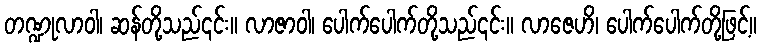
တဏ္ဍုလာဝါ၊ ဆန်တို့သည်၎င်း။ လာဇာဝါ၊ ပေါက်ပေါက်တို့သည်၎င်း။ လာဇေဟိ၊ ပေါက်ပေါက်တို့ဖြင့်။